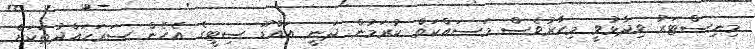
މިނިސްޓަރު ވިދާޅުވީ މިހާރުވެސް މަސައްކަތް ކުރަމުން ދަނީ އައްޑޫ ސިޓީގެ އެހެން ސަރަހައްދުތަކަށް